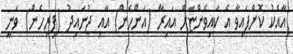
އާއެކު ކޮށްފައިވާ އެ ކައިވެންޏަށް އައިރާ (އަންހެން) އާއި ޖުނައިދު (ފިރިހެން) ވަނީ